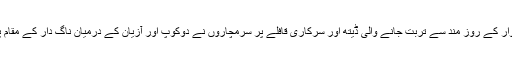
3 اکتوبر اتوار کے روز مند سے تربت جانے والی ڈیتھ اور سرکاری قافلے پر سرمچاروں نے دوکوپ اور آزیان کے درمیان ناگ دار کے مقام پر حملہ کیا۔